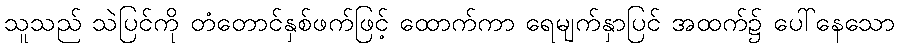
သူသည် သဲပြင်ကို တံတောင်နှစ်ဖက်ဖြင့် ထောက်ကာ ရေမျက်နှာပြင် အထက်၌ ပေါ်နေသော